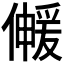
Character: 𫣰